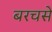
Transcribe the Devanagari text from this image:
बरचसे